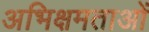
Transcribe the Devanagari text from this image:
अभिक्षमताओं